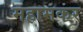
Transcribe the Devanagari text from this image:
महामकर